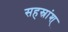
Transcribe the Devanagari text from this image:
सहस्रांश्